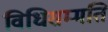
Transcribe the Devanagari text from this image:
विधिसम्मति